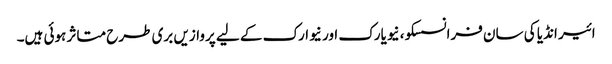
ائیر انڈیا کی سان فرانسسکو، نیویارک اور نیوارک کے لیے پروازیں بری طرح متاثر ہوئی ہیں۔